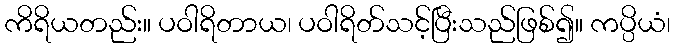
ကိရိယတည်း။ ပဝါရိတာယ၊ ပဝါရိတ်သင့်ပြီးသည်ဖြစ်၍။ ကပ္ပိယံ၊